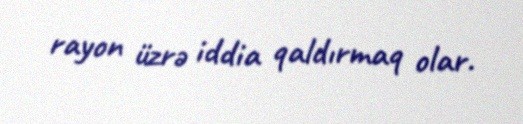
rayon üzrə iddia qaldırmaq olar.